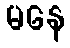
မနေ